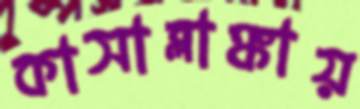
কাসাব্লাঙ্কায়